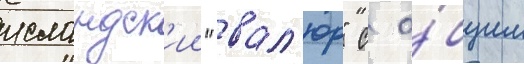
исландск'ии "вал'юр" с о́бщим